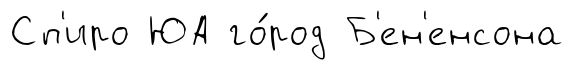
Сп'иро ЮА го́род Б'ен'енсона